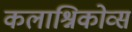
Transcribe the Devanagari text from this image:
कलाश्निकोव्स